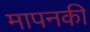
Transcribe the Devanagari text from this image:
मापनकी